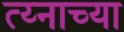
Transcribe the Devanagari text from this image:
त्य्नाच्या